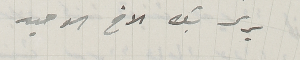
يرمى بك الاخ الوحيد